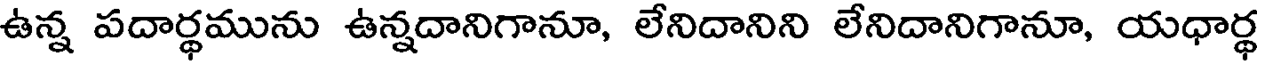
ఉన్న పదార్థమును ఉన్నదానిగానూ, లేనిదానిని లేనిదానిగానూ, యధార్థ